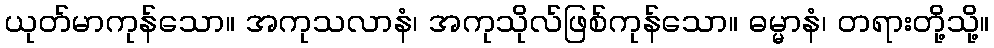
ယုတ်မာကုန်သော။ အကုသလာနံ၊ အကုသိုလ်ဖြစ်ကုန်သော။ ဓမ္မာနံ၊ တရားတို့သို့။